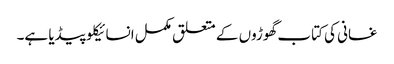
غسانی کی کتاب گھوڑوں کے متعلق مکمل انسائیکلو پیڈیا ہے۔